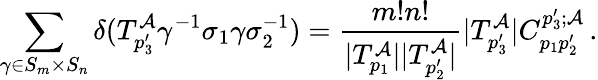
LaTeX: \sum_{\gamma\in S_{m}\times S_{n}}\delta(T_{p_{3}^{\prime}}^{\mathcal{A}}\gamma^{-1}\sigma_{1}\gamma\sigma_{2}^{-1})=\frac{m!n!}{|T_{p_{1}}^{\mathcal{A}}||T_{p_{2}^{\prime}}^{\mathcal{A}}|}|T_{p_{3}^{\prime}}^{\mathcal{A}}|C_{p_{1}p_{2}^{\prime}}^{p_{3}^{\prime};\mathcal{A}}\, .